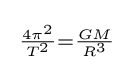
{\begin{smallmatrix}{\frac {4\pi ^{2}}{T^{2}}}={\frac {GM}{R^{3}}}\end{smallmatrix}}